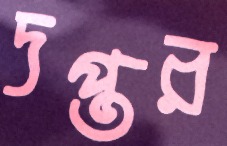
দপ্তর